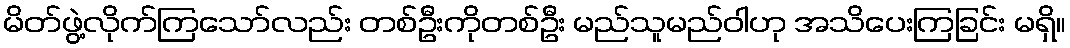
မိတ်ဖွဲ့လိုက်ကြသော်လည်း တစ်ဦးကိုတစ်ဦး မည်သူမည်ဝါဟု အသိပေးကြခြင်း မရှိ။